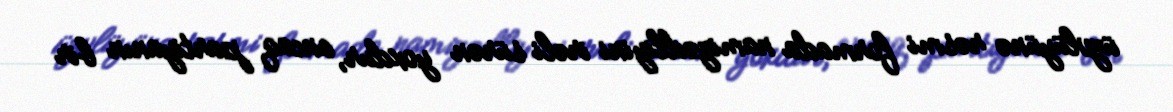
üzvlüyünə rəsmi formada namizədliyini irəli sürən yoxdur, ancaq partiyanın bir